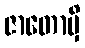
ဇာတောမှိ